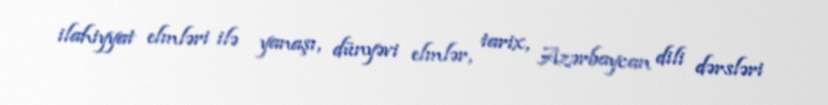
ilahiyyat elmləri ilə yanaşı, dünyəvi elmlər, tarix, Azərbaycan dili dərsləri